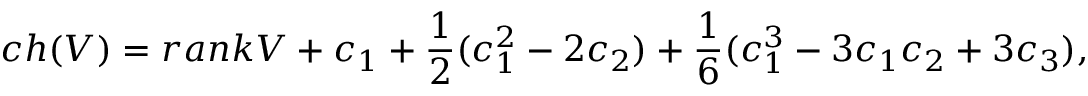
c h ( V ) = r a n k V + c _ { 1 } + \frac { 1 } { 2 } ( c _ { 1 } ^ { 2 } - 2 c _ { 2 } ) + \frac { 1 } { 6 } ( c _ { 1 } ^ { 3 } - 3 c _ { 1 } c _ { 2 } + 3 c _ { 3 } ) ,